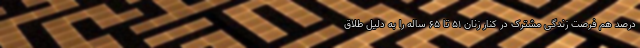
درصد هم فرصت زندگی مشترک در کنار زنان ۵۱ تا ۶۵ ساله را به دلیل طلاق